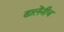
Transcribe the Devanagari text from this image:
ढालेंनीच